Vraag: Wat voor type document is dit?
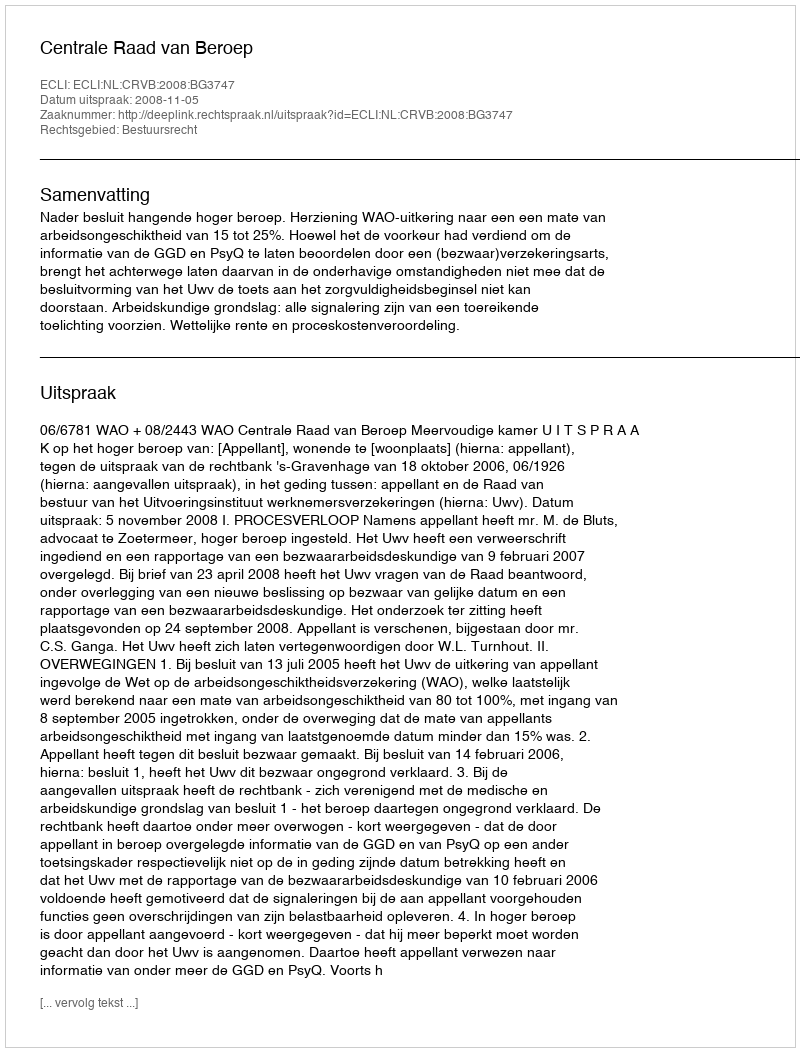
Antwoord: Uitspraak